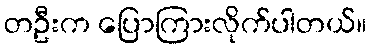
တဦးက ပြောကြားလိုက်ပါတယ်။